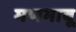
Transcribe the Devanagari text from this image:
मणभावू